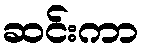
ဆင်းကာ